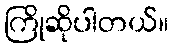
ကြိုဆိုပါတယ်။